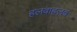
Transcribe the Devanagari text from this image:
हलवाहलव